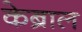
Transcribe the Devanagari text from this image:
केब्राल